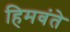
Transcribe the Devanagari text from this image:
हिमवंते